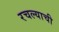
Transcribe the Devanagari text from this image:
रचल्याची